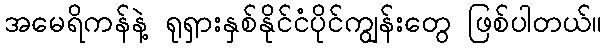
အမေရိကန်နဲ့ ရုရှားနှစ်နိုင်ငံပိုင်ကျွန်းတွေ ဖြစ်ပါတယ်။